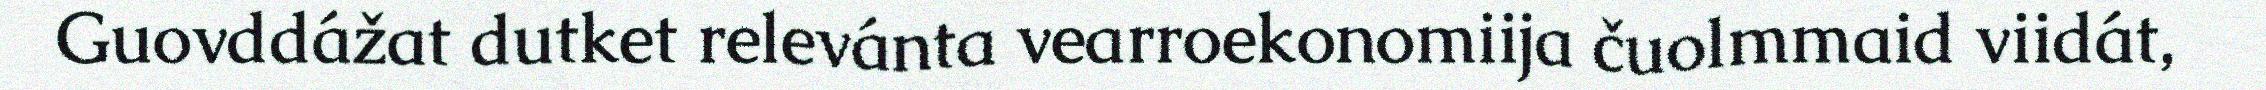
Guovddážat dutket relevánta vearroekonomiija čuolmmaid viidát,